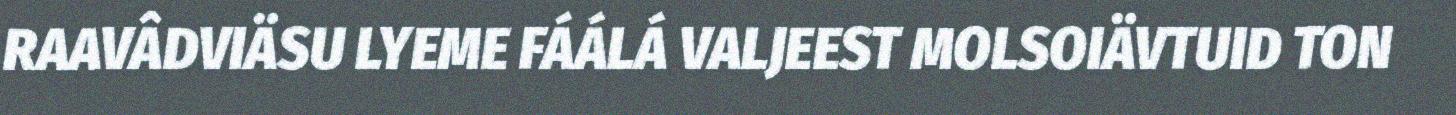
RAAVÂDVIÄSU LYEME FÁÁLÁ VALJEEST MOLSOIÄVTUID TON